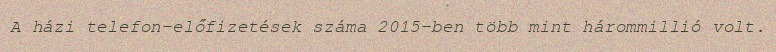
A házi telefon-előfizetések száma 2015-ben több mint hárommillió volt.